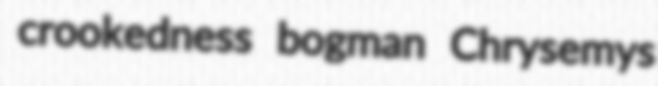
crookedness bogman Chrysemys